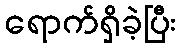
ရောက်ရှိခဲ့ပြီး